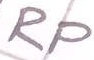
Text: RP